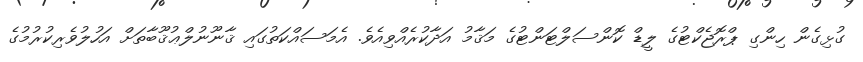
ގުޅިގެން ހިންގި ޕްރޮޖެކްޓުގެ ލީޑް ކޮންސަލްޓަންޓުގެ މަޤާމު އަދާކުރެއްވިއެވެ. އެމަސައްކަތުގައި ޤާނޫނުލްޢުޤޫބާތަށް އަހުލުވެރިކުރުމުގެ